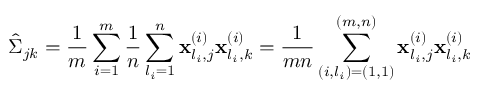
\hat { \boldsymbol { \Sigma } } _ { j k } = \frac { 1 } { m } \sum _ { i = 1 } ^ { m } \frac { 1 } { n } \sum _ { l _ { i } = 1 } ^ { n } \mathbf { x } _ { l _ { i } , j } ^ { ( i ) } \mathbf { x } _ { l _ { i } , k } ^ { ( i ) } = \frac { 1 } { m n } \sum _ { ( i , l _ { i } ) = ( 1 , 1 ) } ^ { ( m , n ) } \mathbf { x } _ { l _ { i } , j } ^ { ( i ) } \mathbf { x } _ { l _ { i } , k } ^ { ( i ) }